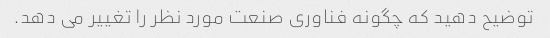
توضیح دهید که چگونه فناوری صنعت مورد نظر را تغییر می دهد.